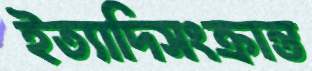
ইত্যাদিসংক্রান্ত